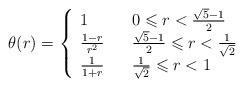
\begin{align*}\theta(r)=\left\{\begin{array}{lll}1 &&0\leqslant r <\frac{\sqrt{5}-1}{2}\\\frac{1-r}{r^2} &&\frac{\sqrt{5}-1}{2}\leqslant r<\frac{1}{\sqrt{2}}\\\frac{1}{1+r} && \frac{1}{\sqrt{2}}\leqslant r<1\end{array}\right.\end{align*}